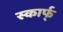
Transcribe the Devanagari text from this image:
स्कार्फ्